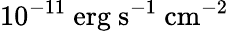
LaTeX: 10^{-11}\mathrm{{\ erg\ s^{-1}\ cm^{-2}}}